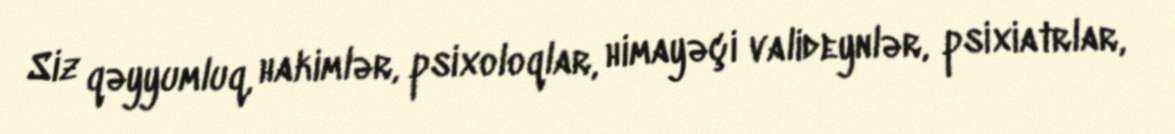
Siz qəyyumluq, hakimlər, psixoloqlar, himayəçi valideynlər, psixiatrlar,